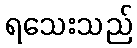
ရသေးသည်